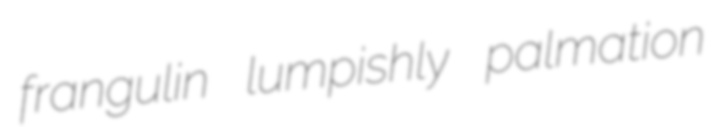
frangulin lumpishly palmation